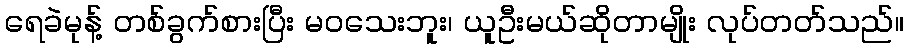
ရေခဲမုန့် တစ်ခွက်စားပြီး မဝသေးဘူး၊ ယူဦးမယ်ဆိုတာမျိုး လုပ်တတ်သည်။